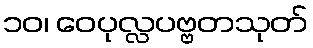
၁၀၊ ဝေပုလ္လပဗ္ဗတသုတ်